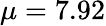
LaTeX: \mu=7.92